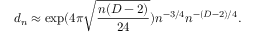
d _ { n } \approx \exp ( 4 \pi \sqrt { \frac { n ( D - 2 ) } { 2 4 } } ) n ^ { - 3 / 4 } n ^ { - ( D - 2 ) / 4 } .